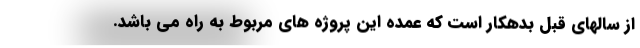
از سالهای قبل بدهکار است که عمده این پروژه های مربوط به راه می باشد.